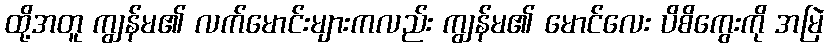
ထို့အတူ ကျွန်မ၏ လက်မောင်းများကလည်း ကျွန်မ၏ မောင်လေး ပိစိကွေးကို အမြဲ